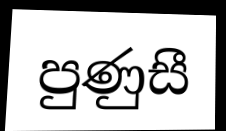
පුණුසී